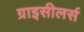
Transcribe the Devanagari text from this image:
ग्राइसीलर्स